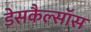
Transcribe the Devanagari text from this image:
डेसकैल्सॉस